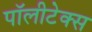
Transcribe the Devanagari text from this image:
पॉलीटेक्स